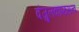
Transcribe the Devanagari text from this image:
वंजुलकाष्ठसत्व